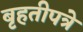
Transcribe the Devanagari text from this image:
बृहतीपत्रे